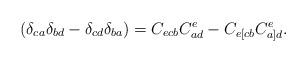
LaTeX: \begin{align*}(\delta _{ca}\delta _{bd}-\delta _{cd}\delta_{ba})=C_{ecb}C_{ad}^e-C_{e[cb}C_{a]d}^e. \end{align*}